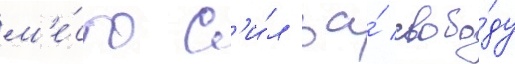
м'е́сто с'и́л за́ свобо́ду